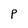
Character: P